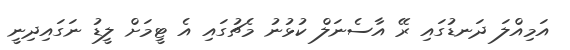
އަމިއްލަ ދަނޑުގައި ރޭ އާސެނަލް ކުޅުނު މެޗުގައި އެ ޓީމަށް ލީޑު ނަގައިދިނީ